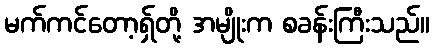
မက်ကင်တော့ရှ်တို့ အမျိုးက စခန်းကြီးသည်။